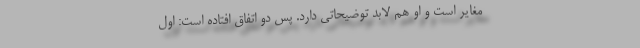
مغایر است و او هم لابد توضیحاتی دارد. پس دو اتفاق افتاده است: اول